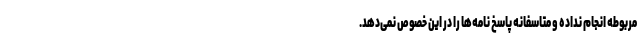
مربوطه انجام نداده و متاسفانه پاسخ نامه‌ها را در این خصوص نمی‌دهد.